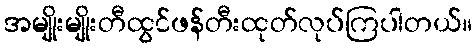
အမျိုးမျိုးတီထွင်ဖန်တီးထုတ်လုပ်ကြပါတယ်။